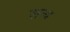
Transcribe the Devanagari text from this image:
सन्य